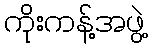
ကိုးကန့်အဖွဲ့